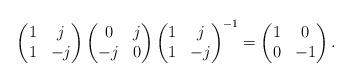
LaTeX: \begin{align*}\begin{pmatrix} 1 & j \\ 1 & -j \end{pmatrix} \begin{pmatrix} 0 & j \\ -j & 0 \end{pmatrix} \begin{pmatrix} 1 & j \\ 1 & -j \end{pmatrix}^{-1} = \begin{pmatrix} 1 & 0 \\ 0 & -1 \end{pmatrix}.\end{align*}